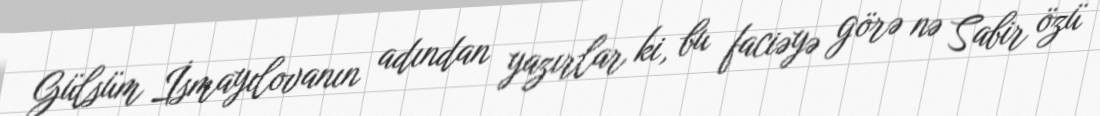
Gülsüm İsmayılovanın adından yazırlar ki, bu faciəyə görə nə Sabir özü